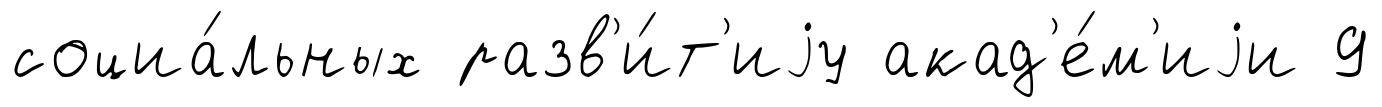
социа́льных разв'и́т'иjу акад'е́м'иjи 9